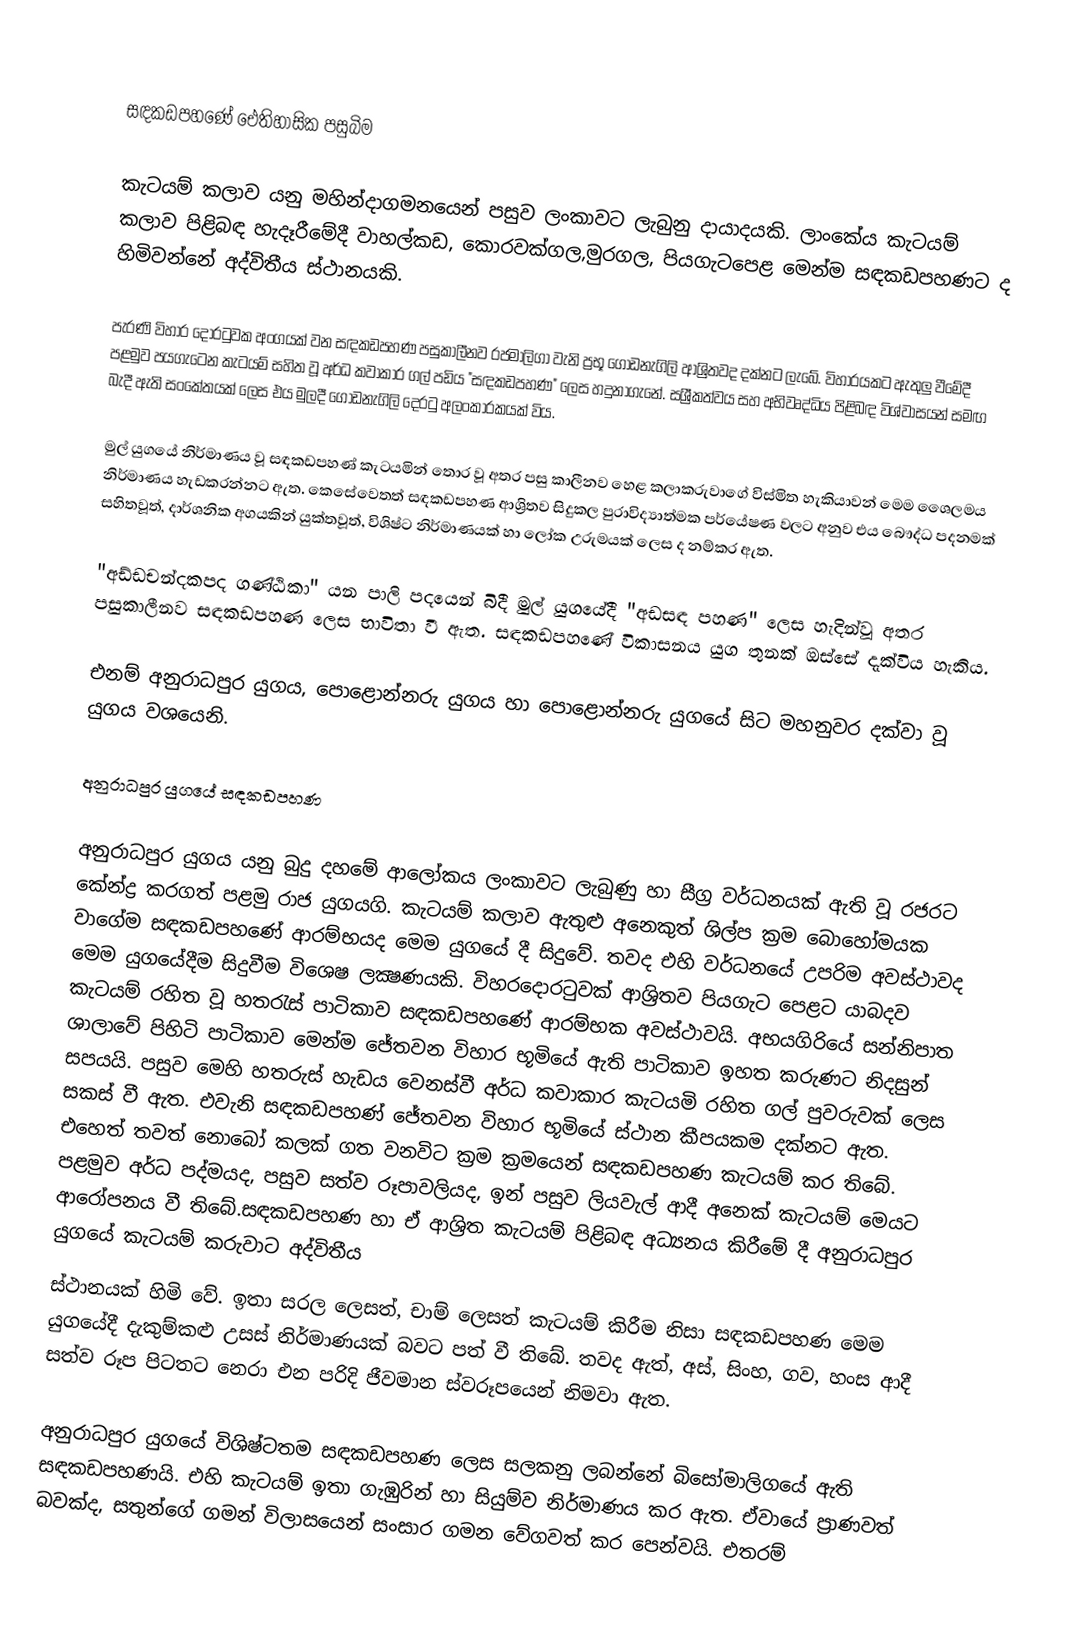

සඳකඩපහ‍ණේ ඓතිහාසික පසුබිම

කැටයම් කලාව යනු මහින්දාගමනයෙන් පසුව ලංකාවට ලැබුනු දායාදයකි. ලාංකේය කැටයම් කලාව පිළිබඳ හැදෑරීමේදී වාහල්කඩ, කොරවක්ගල,මුරගල, පියගැටපෙළ මෙන්ම සඳකඩපහණට ද හිමිවන්නේ අද්විතීය ස්ථානයකි.

පැරණි විහාර දොරටුවක අංගයක් වන සඳකඩපහණ පසුකාලීනව රජමාලිගා වැනි ප්‍රභූ ගොඩනැගිලි ආශ්‍රිතවද දක්නට ලැබේ. විහාරයකට ඇතුලු වීමේදී පළමුව පයගැටෙන කැටයම් සහිත වූ අර්ධ කවාකාර ගල් පඩිය "සඳකඩපහණ" ලෙස හදුනාගැනේ. සශ්‍රීකත්වය සහ අභිවෘද්ධිය පිළිබඳ විශ්වාසයන් සමඟ බැදී ඇති සංකේතයක් ලෙස එය මුලදී ගොඩනැගිලි දෙරටු අලංකාරකයක් විය.

මුල් යුගයේ නිර්මාණය වූ සඳකඩපහණ් කැටයමින් තොර වූ අතර පසු කාලීනව හෙළ කලාකරුවාගේ විස්මිත හැකියාවන් මෙම ශෛලමය නිර්මාණය හැඩකරන්නට ඇත. කෙසේවෙතත් සඳකඩපහණ ආශ්‍රිතව සිදුකල පුරාවිද්‍යාත්මක පර්යේෂණ වලට අනුව එය බෞද්ධ පදනමක් සහිතවූත්, දාර්ශනික අගයකින් යුක්තවූත්, විශිෂ්ට නිර්මාණයක් හා ලෝක උරුමයක් ලෙස ද නම්කර ඇත.

"අඩ්ඩචන්දකපද ගණ්ඨිකා" යන පාලි පදයෙන් බිදී මුල් යුගයේදී  "අඩසඳ පහණ" ලෙස හැදින්වූ අතර පසුකාලීනව සඳකඩපහණ ලෙස භාවිතා වී ඇත. සඳකඩපහණේ විකාසනය යුග තුනක් ඔස්සේ දැක්විය හැකිය.

එනම් අනුරාධපුර යුගය, පොළොන්නරු යුගය හා පොළොන්නරු යුගයේ සිට මහනුවර දක්වා වූ යුගය වශයෙනි.

අනුරාධපුර යුගයේ සඳකඩපහණ

අනුරාධපුර යුගය යනු බුදු දහමේ ආලෝකය ලංකාවට ලැබුණු හා සීග්‍ර වර්ධනයක් ඇති වූ රජරට කේන්ද්‍ර කරගත් පළමු රාජ යුගයගි. කැටයම් කලාව ඇතුළු අනෙකුත් ශිල්ප ක්‍රම බොහෝමයක වාගේම සඳකඩපහණේ ආරම්භයද මෙම යුගයේ දී සිදුවේ. තවද එහි වර්ධනයේ උපරිම අවස්ථාවද මෙම යුගයේදීම සිදුවීම වි‍ශෙෂ ලක්‍ෂණයකි. විහරදොරටුවක් ආශ්‍රිතව පියගැ‍ට පෙළට යාබදව කැටයම් රහිත වූ හතරැස් පාටිකාව සඳකඩපහණේ ආරම්භක අවස්ථාවයි. අභයගිරියේ සන්නිපාත ශාලාවේ පිහිටි පාටිකාව මෙන්ම ‍ජේතවන විහාර භූමියේ ඇති පාටිකාව ඉහත කරුණට නිදසුන් සපයයි. පසුව මෙහි හතරුස් හැඩය වෙනස්වී අර්ධ කවාකාර කැටයමි රහිත ගල් පුවරුවක් ලෙස සකස් වී ඇත. එවැනි සඳකඩපහණ් ජේතවන විහාර භූමියේ ස්ථාන කීපයකම දක්නට ඇත. එහෙත් තවත් නොබෝ කලක් ගත වනවිට ක්‍රම ක්‍රමයෙන් සඳකඩපහණ කැටයම් කර තිබේ. පළමුව අර්ධ පද්මයද, පසුව සත්ව රූපාවලියද, ඉන් පසුව ලියවැල් ආදී අනෙක් කැටයම් මෙයට ආරෝපනය වී තිබේ.සඳකඩපහණ හා ඒ ආශ්‍රිත කැටයම් පිළිබඳ අධ්‍යනය කිරීමේ දී අනුරාධපුර යුගයේ කැටයම් කරුවාට අද්විතීය
ස්ථානයක් හිමි වේ. ඉතා සරල ලෙසත්, චාම් ලෙසත් කැටයම් කිරීම නිසා සඳකඩපහණ මෙම යුගයේදී  දැකුම්කළු උසස් නිර්මාණයක් බවට පත් වී තිබේ. තවද ඇත්, අස්, සිංහ, ගව, හංස ආදී සත්ව රූප පිටතට නෙරා එන පරිදි ජීවමාන ස්වරූපයෙන් නිමවා ඇත.

අනුරාධපුර යුගයේ විශිෂ්ටතම සඳකඩපහණ ලෙස සලකනු ලබන්නේ බිසෝමාලිගයේ ඇති සඳකඩපහණයි. එහි කැටයම් ඉතා ගැඹුරින් හා සියුම්ව නිර්මාණය කර ඇත. ඒවායේ ප්‍රාණවත් බවක්ද, සතුන්ගේ ගමන් විලාසයෙන් සංසාර ගමන වේගවත් කර පෙන්වයි. එතරම්